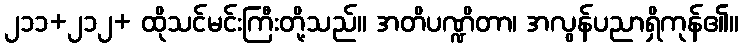
၂၁၁+၂၁၂+ ထိုသင်မင်းကြီးတို့သည်။ အတိပဏ္ဍိတာ၊ အလွန်ပညာရှိကုန်၏။